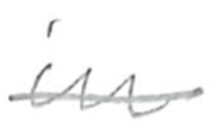
Text: in
Cross-out: single-line
Writing tool: pencil